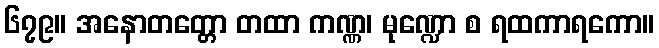
၆၇၉။ အနောတတ္တော တထာ ကဏ္ဏ၊ မုဏ္ဍော စ ရထကာရကော။